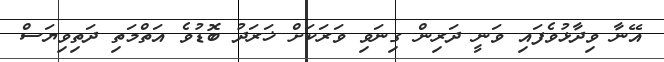
އޭނާ ވިދާޅުވެފައި ވަނީ ދަރިން ގިނަވި ވަރަކަށް ޚަރަދު ބޮޑުވެ އަތްމަތި ދަތިވިޔަސް